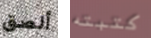
ألصق كتبته